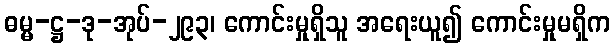
ဓမ္မ-ဋ္ဌ-ဒု-အုပ်-၂၉၃၊ ကောင်းမှုရှိသူ အရေးယူ၍ ကောင်းမှုမရှိက